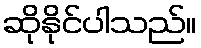
ဆိုနိုင်ပါသည်။